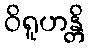
ဝိရူဟန္တိ